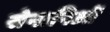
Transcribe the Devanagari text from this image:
सेनानिओं